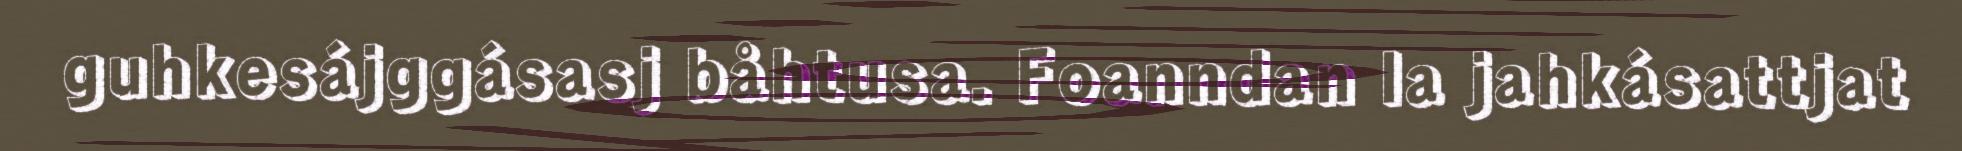
guhkesájggásasj båhtusa. Foanndan la jahkásattjat